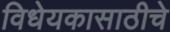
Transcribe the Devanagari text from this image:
विधेयकासाठीचे